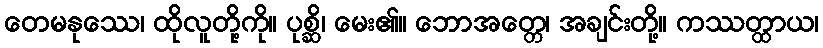
တေမနုဿေ၊ ထိုလူတို့ကို။ ပုစ္ဆိ၊ မေး၏။ ဘောအတ္တေ၊ အချင်းတို့။ ကဿတ္ထာယ၊